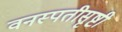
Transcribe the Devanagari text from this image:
वनस्पतीसृष्टी